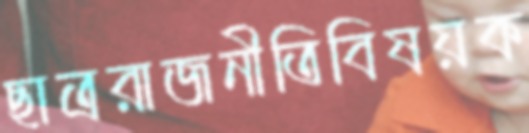
ছাত্ররাজনীতিবিষয়ক